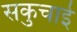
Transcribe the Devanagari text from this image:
सकुचाई